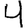
Digit: 4